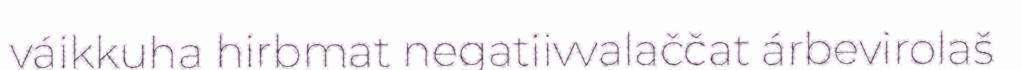
váikkuha hirbmat negatiivvalaččat árbevirolaš